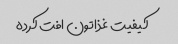
کیفیت غذاتون افت کرده